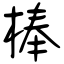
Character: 棒